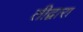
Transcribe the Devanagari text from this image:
तीद्वारा